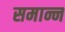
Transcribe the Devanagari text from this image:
समान्न